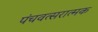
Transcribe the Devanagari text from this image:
पंचवत्सरात्मक